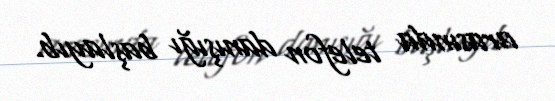
arasında telefon danışığı başlayıb.